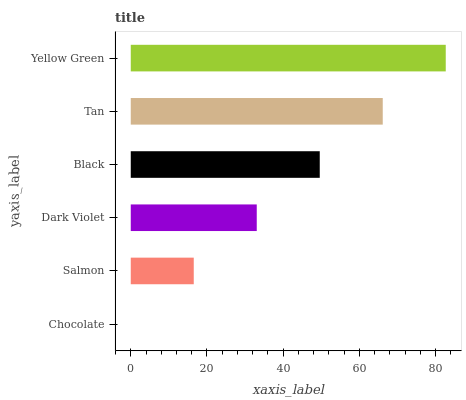
| yaxis_label | bars |
 | --- | --- |
 | Chocolate | 0 |
 | Salmon | 16.5 |
 | Dark Violet | 33.1 |
 | Black | 49.6 |
 | Tan | 66.1 |
 | Yellow Green | 82.6 |